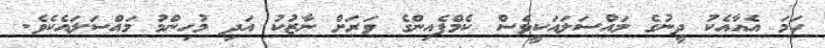
ހަމަ އެއާއެކު ދީނުގެ މައްސަލައަކީވެސް ކެމްޕެއިންގެ ވަރަށް ނާޒުކު އަދި މުހިންމު މައްސަލައެކެވެ.